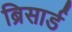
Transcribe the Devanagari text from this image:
ब्रिसार्ड